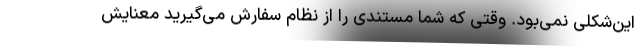
این‌شکلی نمی‌بود. وقتی که شما مستندی را از نظام سفارش می‌گیرید معنایش